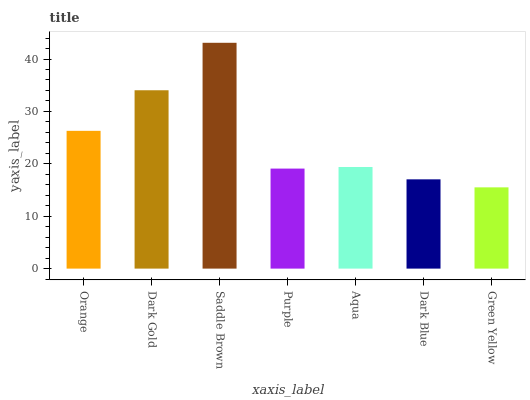
| xaxis_label | bars |
 | --- | --- |
 | Orange | 26.3 |
 | Dark Gold | 34 |
 | Saddle Brown | 43.1 |
 | Purple | 19.1 |
 | Aqua | 19.4 |
 | Dark Blue | 17 |
 | Green Yellow | 15.5 |